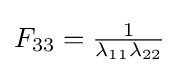
{\textstyle F_{33}={\frac {1}{\lambda _{11}\lambda _{22}}}}